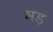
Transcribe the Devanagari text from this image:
भड़